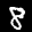
Label: 8